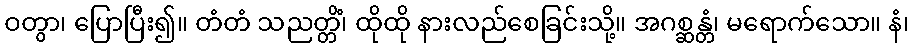
ဝတွာ၊ ပြောပြီး၍။ တံတံ သညတ္တိံ၊ ထိုထို နားလည်စေခြင်းသို့။ အဂစ္ဆန္တံ၊ မရောက်သော။ နံ၊